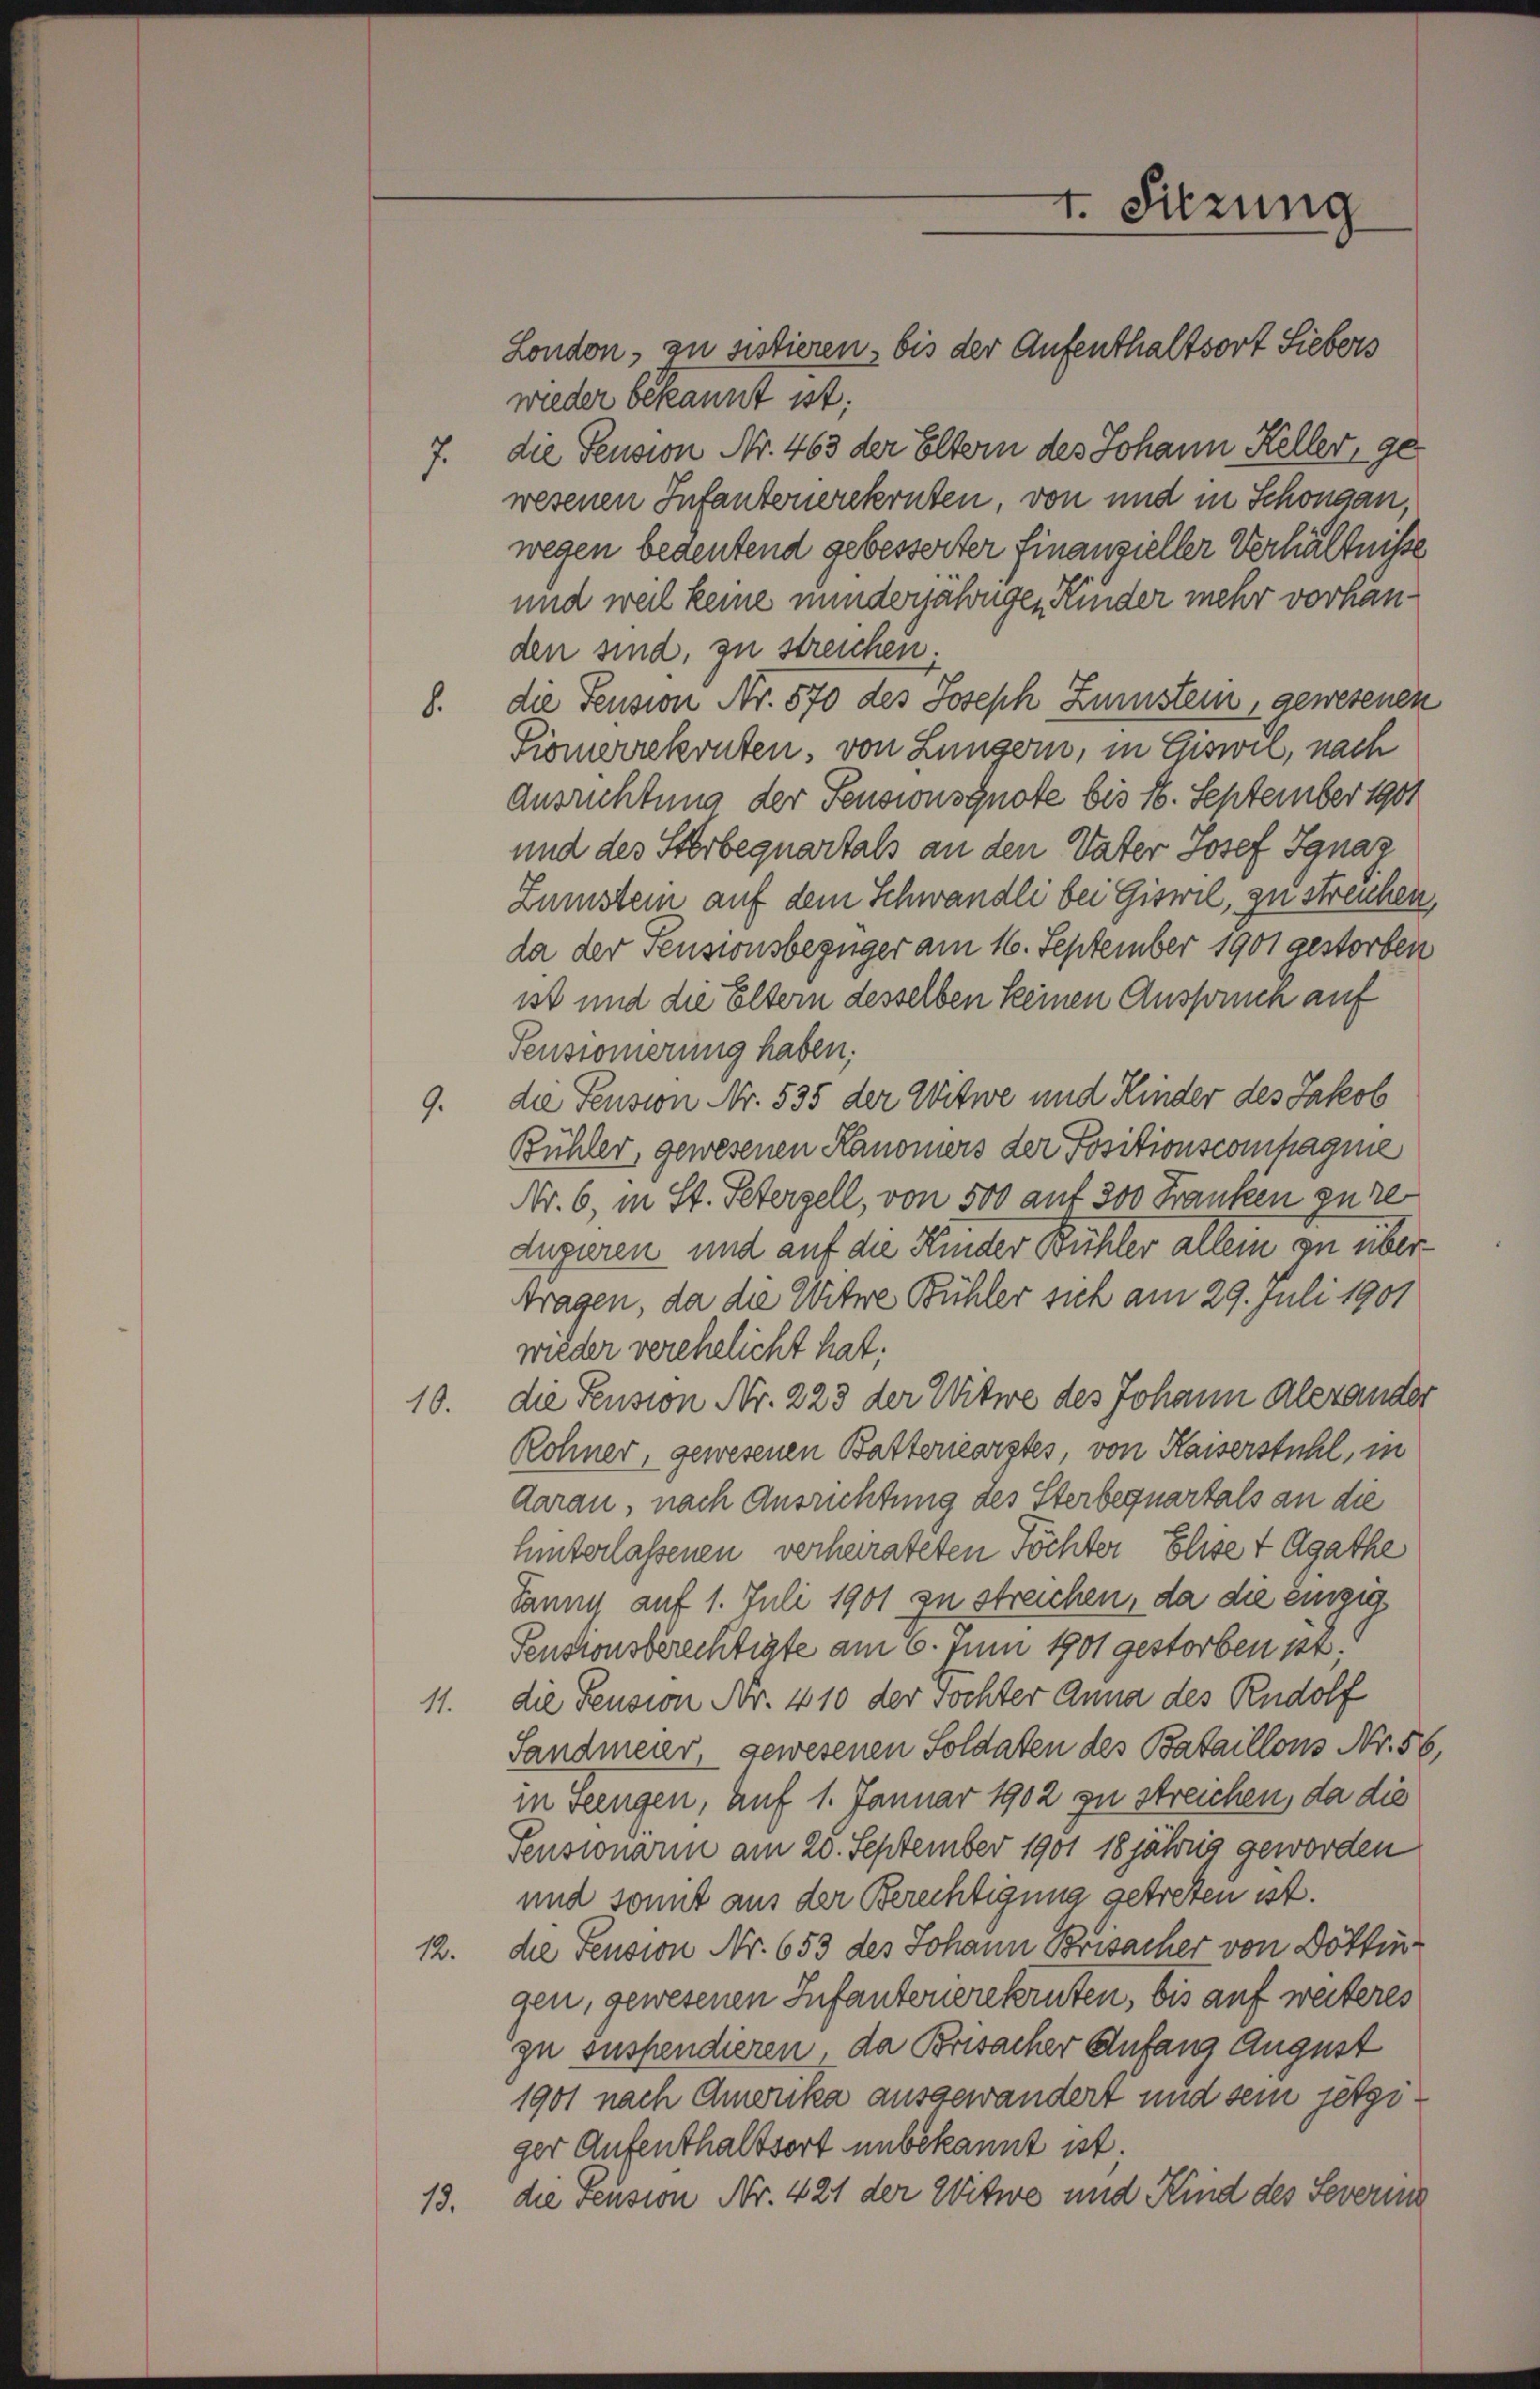
London, zu sistieren, bis der Aufenthaltsort Siebers
wieder bekannt ist.
7. die Pension Nr. 463 der Eltern des Johann Keller, gewesenen Infantenerekruten von und in Schongan,
wegen bedeutend gebesserter Finanzieller Verhältniße
und weil keine minderjährigen Kinder mehr vorhanden sind, zu streichen
8. die Pension Nr. 570 des Joseph Zustein, gewesenen
Piomerrekruten, von Lungern, in Giswil, nach
Ausrichtung der Feusionsquote bis 16. September 1901
und des Sterbequartals an den Vater Josef Ignaz
Zumstein auf dem Schwandli bei Giswil, zu streuhen,
da der Pensionsbezüger am 16. September 1901 gestorben
ist und die Eltern desselben keinen Anspruch auf
Pensionierung haben;
9. die Pension Nr. 535 der Witwe und Kinder des Jakob
Bühler, gewesenen Kanoniers der Positionscompagnie
Nr. 6, in St. Petergell, von 500 auf 300 Franken zu reauguren und auf die Kinder Bühler allein zu überftragen, da die Witwe Bühler sich am 29. Juli 1901
wieder verehelicht hat.
10. die Pension Nr. 223 der Witwe des Johann Alexander
Rohner, gewesenen Batteriearztes, von Kaiserstuhl, in
darau, nach Ausrichtung des Sterbequartals an die
hinterlassenen verheirateten Töchter Elise t Agathe
Samm auf 1. Juli 1901 zu streichen, da die einzig
Pensionsberechtigte am 6. Juni 1901 gestorben 132;
11. die Pension Nr. 410 der Tochter Anna des Rudolf
Sandmear gewesenen Soldaten des Bataillons Nr. 56,
in Seengen, auf 1. Januar 1902 zu streichen, da die
Pensionarm am 20. September 1901 18jährig geworden
und sonnt aus der Berechtigung getreten ist.
12. die Pension Nr. 653 des Johann Brisacher von Döttingen, gewesenen Infanterierekruten, bis auf weiteres
zu suspendieren, da Brisacher Anfang August
1901 nach Amerika ausgewandert und sein jetziger Aufenthaltsort unbekannt ist.
13. die Feusion Nr. 421 der Witwe und Kind des Severina

t. Sitzung